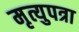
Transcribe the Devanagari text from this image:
मृत्युपत्रा